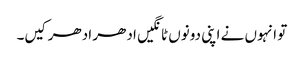
تو انہوں نے اپنی دونوں ٹانگیں ادھر ادھر کیں۔